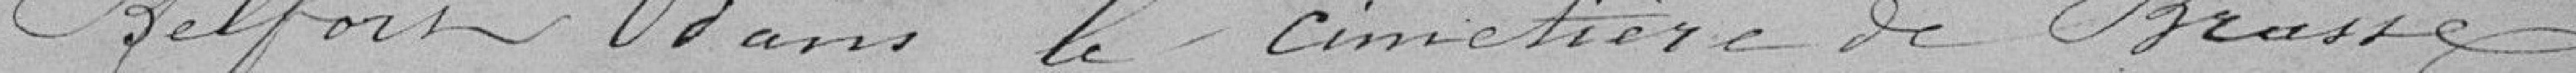
Belfort dans le cimetière de Brasse